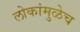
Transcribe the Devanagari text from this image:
लोकांमुळेच